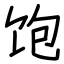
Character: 饱